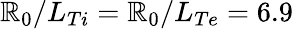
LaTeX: \mathbb{R}_{0}/L_{Ti}=\mathbb{R}_{0}/L_{Te}=6.9